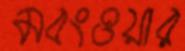
মবংওয়ার